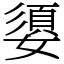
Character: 嬃